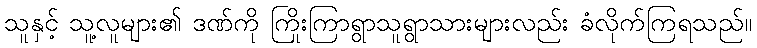
သူနှင့် သူ့လူများ၏ ဒဏ်ကို ကြိုးကြာရွာသူရွာသားများလည်း ခံလိုက်ကြရသည်။